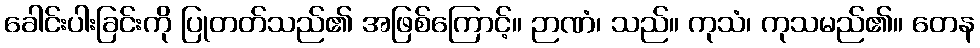
ခေါင်းပါးခြင်းကို ပြုတတ်သည်၏ အဖြစ်ကြောင့်။ ဉာဏံ၊ သည်။ ကုသံ၊ ကုသမည်၏။ တေန